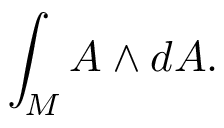
\int _ { M } A \wedge d A .